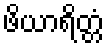
ဖိယာရိတ္တံ